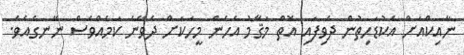
ނާއިކްއަށް އެކުޑަހިތުން ދެވިފައި އޮތް މަޤާމު އެހެން މީހަކަށް ދެވޭނެ ކަމެއްވެސް ނޭނގެއެވެ.